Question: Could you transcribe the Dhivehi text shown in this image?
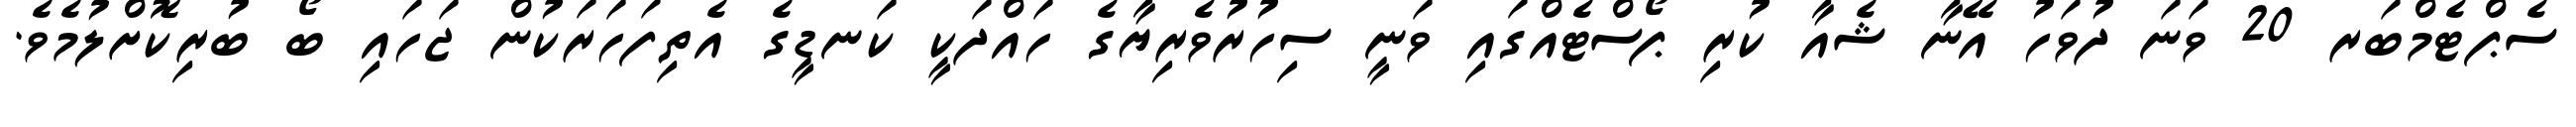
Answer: ސެޕްޓެމްބަރ 20 ވަނަ ދުވަހު އޭނާ ޝެއާ ކުރި ޕޯސްޓެއްގައި ވަނީ ސިހުރުވެރިޔާގެ ހައްދަކީ ކަނޑީގެ އެތިފަހަރަކުން ޖަހައި ބޯ ބުރިކޮށްލުމެވެ.